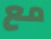
مع